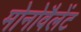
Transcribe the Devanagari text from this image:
मोनोवैलेंट